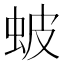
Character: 蚾